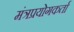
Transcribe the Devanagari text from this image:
मंत्रप्रयोगकर्ता